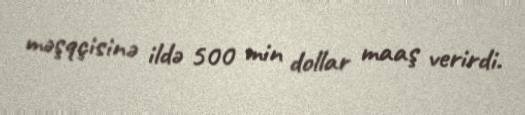
məşqçisinə ildə 500 min dollar maaş verirdi.